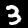
Label: 3